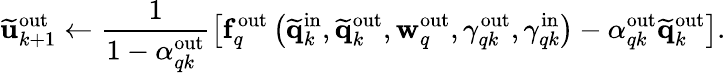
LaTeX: \widetilde{\mathbf{u}}_{k+1}^{\mathrm{out}}\gets\frac{1}{1-\alpha_{qk}^{\mathrm{out}}}\left[\mathbf{f}_{q}^{\mathrm{out}}\left(\widetilde{\mathbf{q}}_{k}^{\mathrm{in}},\widetilde{\mathbf{q}}_{k}^{\mathrm{out}},\mathbf{w}_{q}^{\mathrm{out}},\gamma_{qk}^{\mathrm{out}},\gamma_{qk}^{\mathrm{in}}\right)-\alpha_{qk}^{\mathrm{out}}\widetilde{\mathbf{q}}_{k}^{\mathrm{out}}\right].